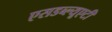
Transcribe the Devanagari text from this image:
एसडब्ल्यूएटी